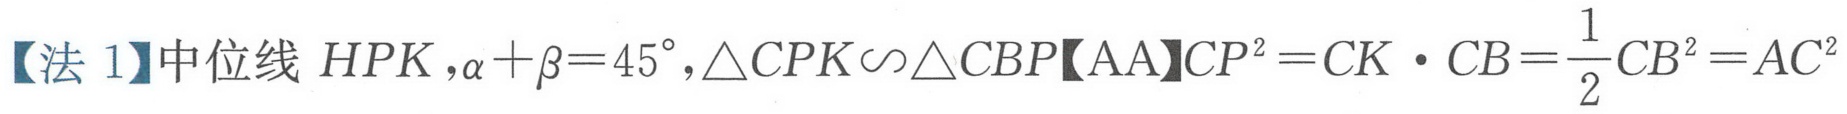
【法 1】中位线 \(HPK\)，\(\alpha+\beta = 45^{\circ}\)，\(\triangle CPK\backsim\triangle CBP\)【AA】\(CP^{2}=CK\cdot CB=\dfrac{1}{2}CB^{2}=AC^{2}\)